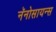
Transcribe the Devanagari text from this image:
नॅनोसायन्स